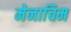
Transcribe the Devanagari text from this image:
मेनाचिम